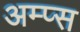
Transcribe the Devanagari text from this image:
अम्प्स